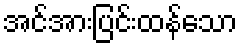
အင်အားပြင်းထန်သော